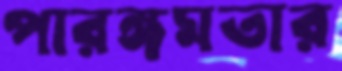
পারঙ্গমতার